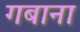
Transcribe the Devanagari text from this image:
गबाना